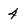
Character: 4